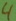
Text: 4